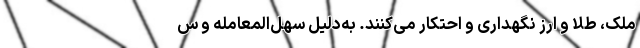
ملک، طلا و ارز نگهداری و احتکار می‌کنند. به‌دلیل سهل‌المعامله و س